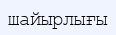
шайырлығы